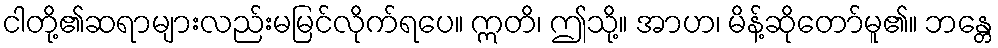
ငါတို့၏ဆရာများလည်းမမြင်လိုက်ရပေ။ ဣတိ၊ ဤသို့။ အာဟ၊ မိန့်ဆိုတော်မူ၏။ ဘန္တေ